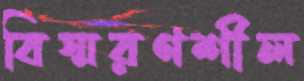
বিস্মরণশীল